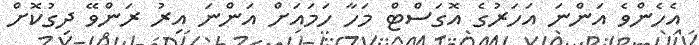
އެހެންވެ އަންނަ އަހަރުގެ އޮގަސްޓް މަހާ ހަމައަށް އަންނަ އިރު ރަންވޭ ދިގުކޮށް